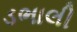
ડભાલી